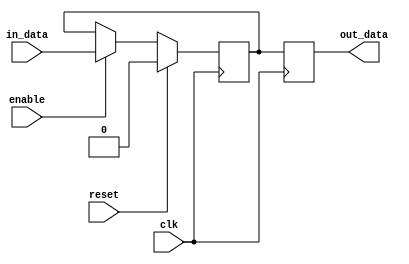
module sequential_logic_block (
    input wire clk,     // Clock signal
    input wire reset,   // Reset signal
    input wire enable,  // Enable signal for the latch
    input wire in_data, // Input data signal
    output reg out_data // Output data signal
);

reg latch_data; // Data stored in the latch

always @(posedge clk) begin
    if (reset) begin
        latch_data <= 1'b0;
    end else begin
        if (enable) begin
            latch_data <= in_data;
        end
    end
end

always @(posedge clk) begin
    out_data <= latch_data;
end

endmodule